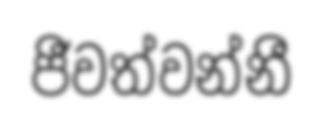
ජීවත්වන්නී